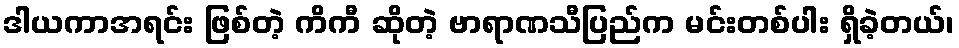
ဒါယကာအရင်း ဖြစ်တဲ့ ကိကီ ဆိုတဲ့ ဗာရာဏသီပြည်က မင်းတစ်ပါး ရှိခဲ့တယ်၊